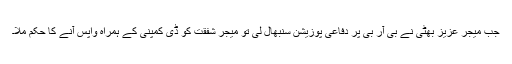
جب میجر عزیز بھٹی نے بی آر بی پر دفاعی پوزیشن سنبھال لی تو میجر شفقت کو ڈی کمپنی کے ہمراہ واپس آنے کا حکم ملا۔